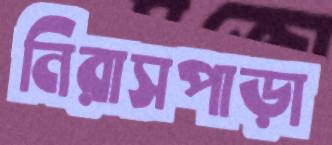
নিরাসপাড়া